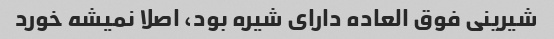
شیرینی فوق العاده دارای شیره بود، اصلا نمیشه خورد